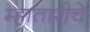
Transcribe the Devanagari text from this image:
म्हातारीचे